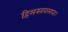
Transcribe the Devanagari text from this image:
हिमस्खलन।